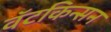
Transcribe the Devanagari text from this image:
वॅटकिन्सन